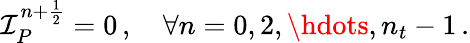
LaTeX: \mathcal I_{P}^{n+\frac 12}=0\, ,\quad\forall n=0,2,\hdots,n_{t}-1\, .